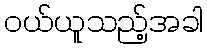
ဝယ်ယူသည့်အခါ